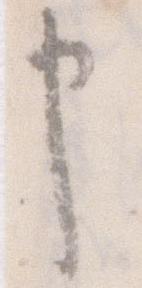
申